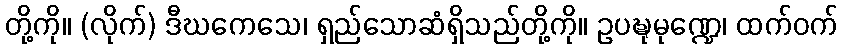
တို့ကို။ (လိုက်) ဒီဃကေသေ၊ ရှည်သောဆံရှိသည်တို့ကို။ ဥပဍ္ဎုမုဏ္ဍေ၊ ထက်ဝက်